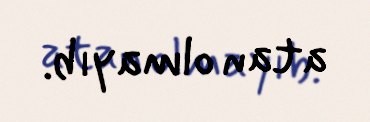
atan olmayıb.